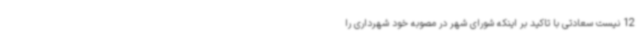
12 نیست سعادتی با تاکید بر اینکه شورای شهر در مصوبه خود شهرداری را